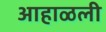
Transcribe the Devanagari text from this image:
आहाळली